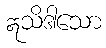
ဣသိဒါသော